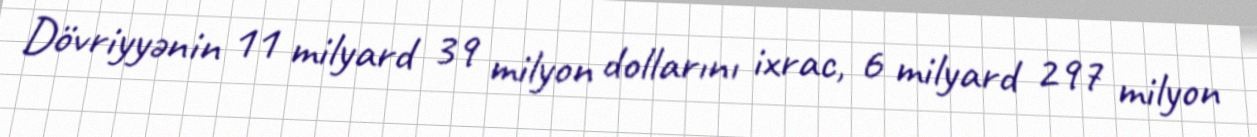
Dövriyyənin 11 milyard 39 milyon dollarını ixrac, 6 milyard 297 milyon